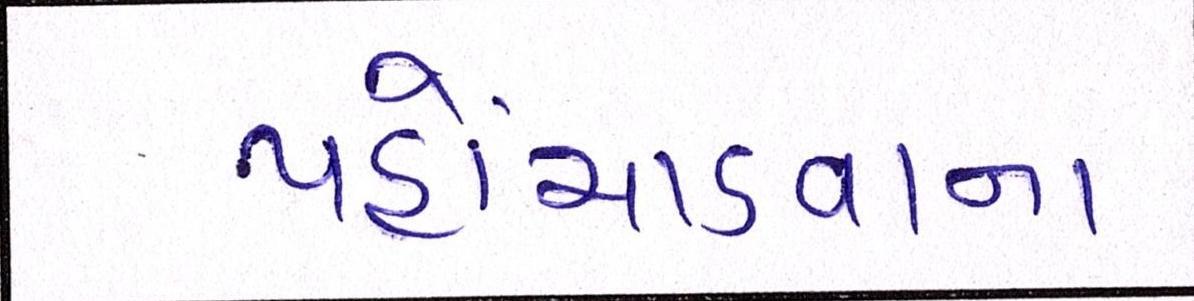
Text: પહોંચાડવાના